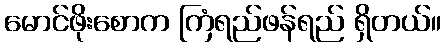
မောင်ဖိုးစောက ကြံရည်ဖန်ရည် ရှိတယ်။